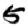
Digit: 5